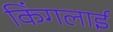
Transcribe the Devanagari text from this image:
किंगलाई